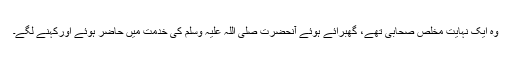
وہ ایک نہایت مخلص صحابی تھے، گھبرائے ہوئے آنحضرت صلی اللہ علیہ وسلم کی خدمت میں حاضر ہوئے اورکہنے لگے۔